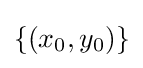
\left\{\left(x_{0},y_{0}\right)\right\}